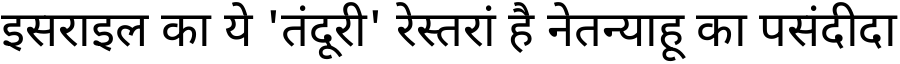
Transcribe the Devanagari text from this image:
इसराइल का ये 'तंदूरी' रेस्तरां है नेतन्याहू का पसंदीदा